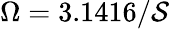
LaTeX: \Omega=3.1416/\mathcal{S}